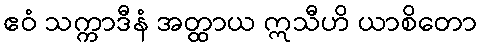
ဧဝံ သက္ကာဒီနံ အတ္ထာယ ဣသီဟိ ယာစိတော